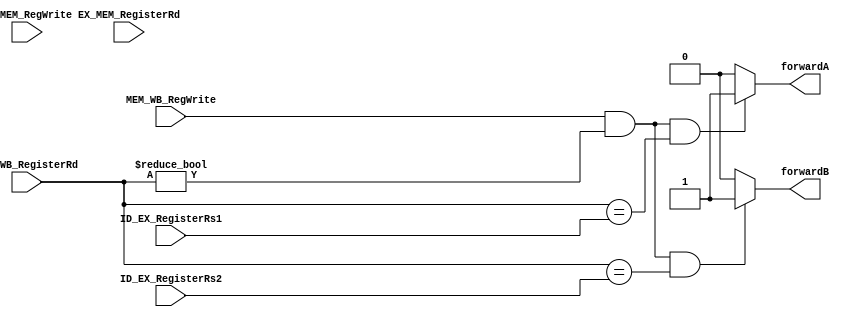
`timescale 1ns / 1ps
//////////////////////////////////////////////////////////////////////////////////
// Company: 
// Engineer: 
// 
// Design Name: 
// Module Name: forwarding_unit
// Project Name: 
// Target Devices: 
// Tool Versions: 
// Description: 
// 
// Dependencies: 
// 
// Revision:
// Revision 0.01 - File Created
// Additional Comments:
// 
//////////////////////////////////////////////////////////////////////////////////


module forwarding_unit(
input [4:0] ID_EX_RegisterRs1,
input [4:0] ID_EX_RegisterRs2,
input EX_MEM_RegWrite,
input [4:0] EX_MEM_RegisterRd,
input MEM_WB_RegWrite,
input [4:0] MEM_WB_RegisterRd,
output reg forwardA, forwardB
    );
    
    always @(*) begin
//        if ( (EX_MEM_RegWrite && (EX_MEM_RegisterRd != 5'b0)) && (EX_MEM_RegisterRd == ID_EX_RegisterRs1) )
//            forwardA = 2'b10;
//        else
         if ( (MEM_WB_RegWrite && (MEM_WB_RegisterRd != 5'b0)) 
                  && (MEM_WB_RegisterRd == ID_EX_RegisterRs1) )
            forwardA = 1'b1;
        else forwardA = 1'b0;
            
            
//        if ( (EX_MEM_RegWrite && (EX_MEM_RegisterRd != 5'b0)) && (EX_MEM_RegisterRd == ID_EX_RegisterRs2) )
//            forwardB = 2'b10;
//        else
         if ( (MEM_WB_RegWrite && (MEM_WB_RegisterRd != 5'b0))
                  && (MEM_WB_RegisterRd == ID_EX_RegisterRs2) )
            forwardB = 1'b1;
              else forwardB = 1'b0;
    end
    
endmodule